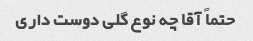
حتماً آقا چه نوع گلی دوست داری